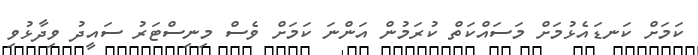
ކަމަށް ކަނޑައެޅުމަށް މަސައްކަތް ކުރަމުން އަންނަ ކަމަށް ވެސް މިނިސްޓަރު ސައީދު ވިދާޅުވި